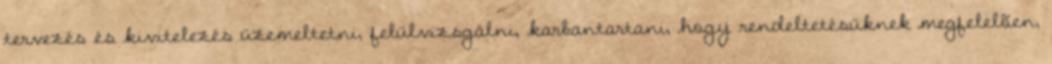
tervezés és kivitelezés üzemeltetni, felülvizsgálni, karbantartani, hogy rendeltetésüknek megfelelõen,